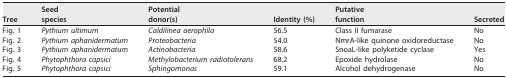
<table><thead><tr><td><b>Tree</b></td><td><b>Seedspecies</b></td><td><b>Potentialdonor(s)</b></td><td><b>Identity (%)</b></td><td><b>Putativefunction</b></td><td><b>Secreted</b></td></tr></thead><tbody><tr><td>Fig. 1</td><td><i>Pythium ultimum</i></td><td><i>Caldilinea aerophila</i></td><td>56.5</td><td>Class II fumarase</td><td>No</td></tr><tr><td>Fig. 2</td><td><i>Pythium aphanidermatum</i></td><td><i>Proteobacteria</i></td><td>54.0</td><td>NmrA-like quinone oxidoreductase</td><td>No</td></tr><tr><td>Fig. 3</td><td><i>Pythium aphanidermatum</i></td><td><i>Actinobacteria</i></td><td>58.6</td><td>SnoaL-like polyketide cyclase</td><td>Yes</td></tr><tr><td>Fig. 4</td><td><i>Phytophthora capsici</i></td><td><i>Methylobacterium radiotolerans</i></td><td>68.2</td><td>Epoxide hydrolase</td><td>No</td></tr><tr><td>Fig. 5</td><td><i>Phytophthora capsici</i></td><td><i>Sphingomonas</i></td><td>59.1</td><td>Alcohol dehydrogenase</td><td>No</td></tr></tbody></table>